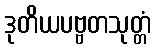
ဒုတိယပဗ္ဗတသုတ္တံ